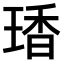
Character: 𤧘